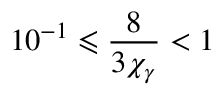
1 0 ^ { - 1 } \leqslant \frac { 8 } { 3 \chi _ { \gamma } } < 1